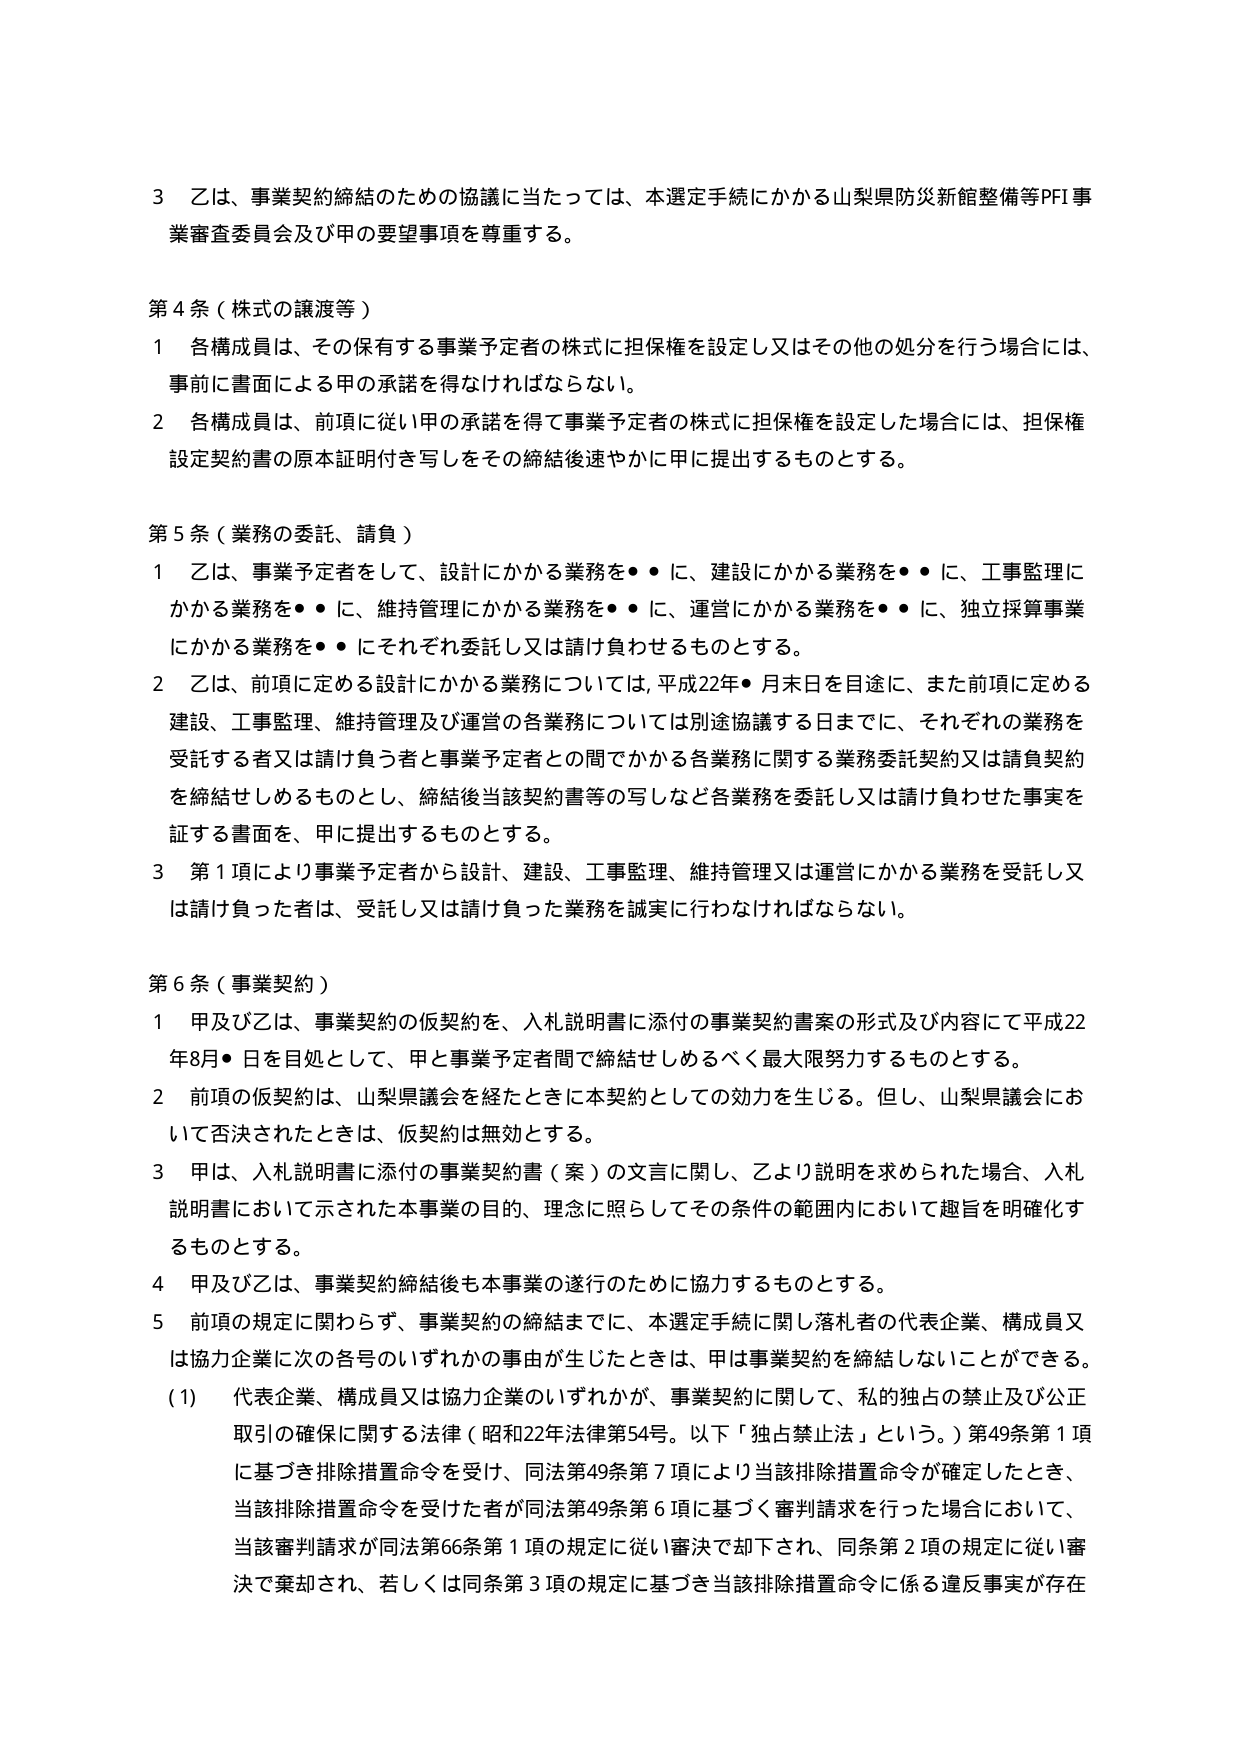
3 乙は、事業契約締結のための協議に当たっては、本選定手続にかかる山梨県防災新館整備等PFI事業審査委員会及び甲の要望事項を尊重する。

第4条（株式の譲渡等）
1 各構成員は、その保有する事業予定者の株式に担保権を設定し又はその他の処分を行う場合には、事前に書面による甲の承諾を得なければならない。
2 各構成員は、前項に従い甲の承諾を得て事業予定者の株式に担保権を設定した場合には、担保権設定契約書の原本証明付き写しをその締結後速やかに甲に提出するものとする。

第5条（業務の委託、請負）
1 乙は、事業予定者をして、設計にかかる業務を●●に、建設にかかる業務を●●に、工事監理にかかる業務を●●に、維持管理にかかる業務を●●に、運営にかかる業務を●●に、独立採算事業にかかる業務を●●にそれぞれ委託し又は請け負わせるものとする。
2 乙は、前項に定める設計にかかる業務については、平成22年●月末日を目途に、また前項に定める建設、工事監理、維持管理及び運営の各業務については別途協議する日までに、それぞれの業務を受託する者又は請け負う者と事業予定者との間でかかる各業務に関する業務委託契約又は請負契約を締結せしめるものとし、締結後当該契約書等の写しなど各業務を委託し又は請け負わせた事実を証する書面を、甲に提出するものとする。
3 第1項により事業予定者から設計、建設、工事監理、維持管理又は運営にかかる業務を受託し又は請け負った者は、受託し又は請け負った業務を誠実に行わなければならない。

第6条（事業契約）
1 甲及び乙は、事業契約の仮契約を、入札説明書に添付の事業契約書案の形式及び内容にて平成22年8月●日を目処として、甲と事業予定者間で締結せしめるべく最大限努力するものとする。
2 前項の仮契約は、山梨県議会を経たときに本契約としての効力を生じる。但し、山梨県議会において否決されたときは、仮契約は無効とする。
3 甲は、入札説明書に添付の事業契約書（案）の文言に関し、乙より説明を求められた場合、入札説明書において示された本事業の目的、理念に照らしてその条件の範囲内において趣旨を明確化するものとする。
4 甲及び乙は、事業契約締結後も本事業の遂行のために協力するものとする。
5 前項の規定に関わらず、事業契約の締結までに、本選定手続に関し落札者の代表企業、構成員又は協力企業に次の各号のいずれかの事由が生じたときは、甲は事業契約を締結しないことができる。
(1) 代表企業、構成員又は協力企業のいずれかが、事業契約に関して、私的独占の禁止及び公正取引の確保に関する法律（昭和22年法律第54号。以下「独占禁止法」という。）第49条第1項に基づき排除措置命令を受け、同法第49条第7項により当該排除措置命令が確定したとき、当該排除措置命令を受けた者が同法第49条第6項に基づく審判請求を行った場合において、当該審判請求が同法第66条第1項の規定に従い審決で却下され、同条第2項の規定に従い審決で棄却され、若しくは同条第3項の規定に基づき当該排除措置命令に係る違反事実が存在